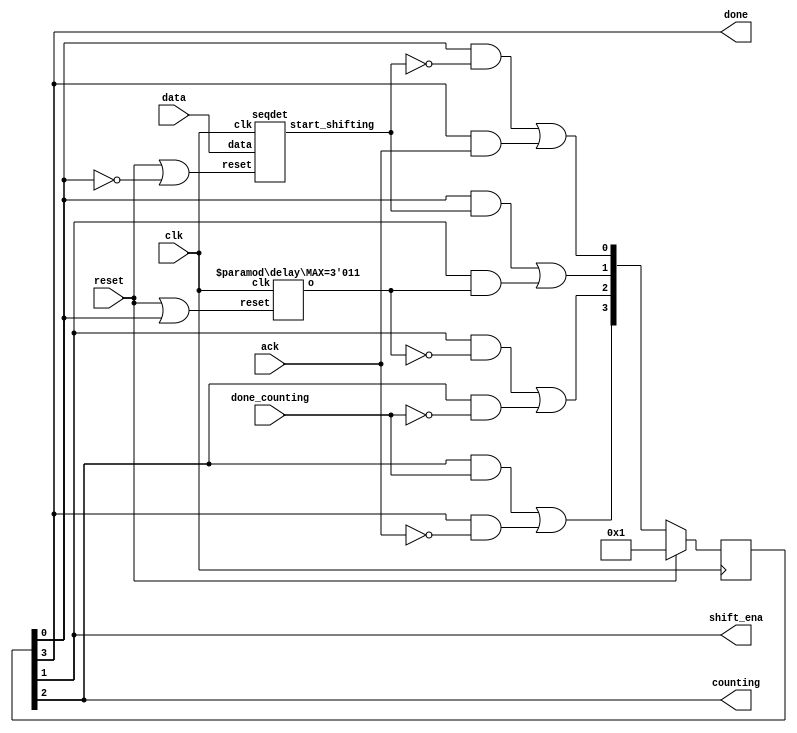
// SPDX-License-Identifier: MIT

module top_module (
    input clk,
    input reset,      // Synchronous reset
    input data,
    output shift_ena,
    output counting,
    input done_counting,
    output done,
    input ack );

    // v------------------------------------------------------------------------------- ack -+
    // A - start_shift -> B/shift_ena=1 - shift_ena_i -> C/shift_ena=0 - done_counting -> D/done=1
    
    wire start_shifting;
    wire shift_ena_i;
    
    reg [3:0] s;
    wire [3:0] S;
   
    assign S[0] = (s[0] & !start_shifting) | (s[3] & ack);
    assign S[1] = (s[0] & start_shifting) | (s[1] & shift_ena_i);
    assign S[2] = (s[1] & !shift_ena_i) | (s[2] & !done_counting);
    assign S[3] = (s[2] & done_counting) | (s[3] & !ack);
    
    assign shift_ena = s[1];
    assign counting = s[2];
    assign done = s[3];
    
    always @(posedge clk) begin
        if (reset) s <= 4'b1;
        else begin
            s <= S;
        end
    end
    
    seqdet seq(clk, reset | !s[0], data, start_shifting);
    // use a delay of 3 instead of 4 as the State machine inherently introduces a 1 tick delay.
    delay #(.MAX(3'd3)) delay(clk, reset | s[0], shift_ena_i);

endmodule

module seqdet (
    input clk,
    input reset,      // Synchronous reset
    input data,
    output start_shifting);

    //  +---------------------------+
    //  v                          !x
    //  A - x -> B - x -> C - !x -> D - x -> E
    // ^!x      !x       ^ x
    // +-+-------+       +-+
    
    reg [4:0] s;
    wire [4:0] S;
    wire x = data;
    
    assign S[0] = !x & (s[0] | s[1] | s[3]);
    assign S[1] = x & s[0];
    assign S[2] = x & (s[1] | s[2]);
    assign S[3] = !x & s[2];
    assign S[4] = s[4] | (x & s[3]);
    
    assign start_shifting = S[4];
    
    always @(posedge clk) begin
        if (reset) s <= 5'd1;
        else s <= S;
    end
    
endmodule

module delay #(
    parameter CNT_WIDTH = 3,
    parameter MAX = 3'd4
) (
    input clk,
    input reset,      // Synchronous reset
    output o);
        
    reg [CNT_WIDTH - 1:0] count;
    
    assign o = count < MAX;
    
    always @(posedge clk) begin
        if (reset) count <= 1'b0;
        else if (count < MAX) count <= count + 1'd1;
    end
    
endmodule